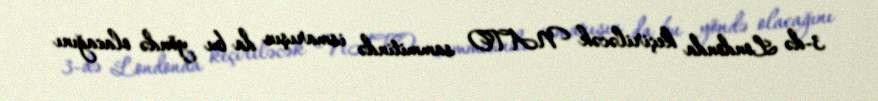
3-də Londonda keçiriləcək NATO sammitində ismarışın da bu yöndə olacağını